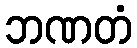
ဘဏတံ